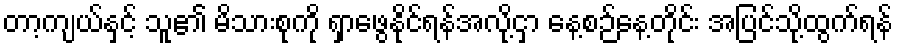
တာ့ကျယ်နှင့် သူ၏ မိသားစုကို ရှာဖွေနိုင်ရန်အလို့ငှာ နေ့စဉ်နေ့တိုင်း အပြင်သို့ထွက်ရန်